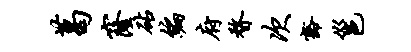
葛窿砧编府瞀次豁邕